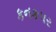
કનકપર